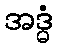
အဒ္ဓံ